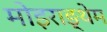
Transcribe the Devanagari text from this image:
मोइराङ्थेम